Report on the bubonic plague in Bombay, 1896-1897
Year: 1896
Disease focus: Plague
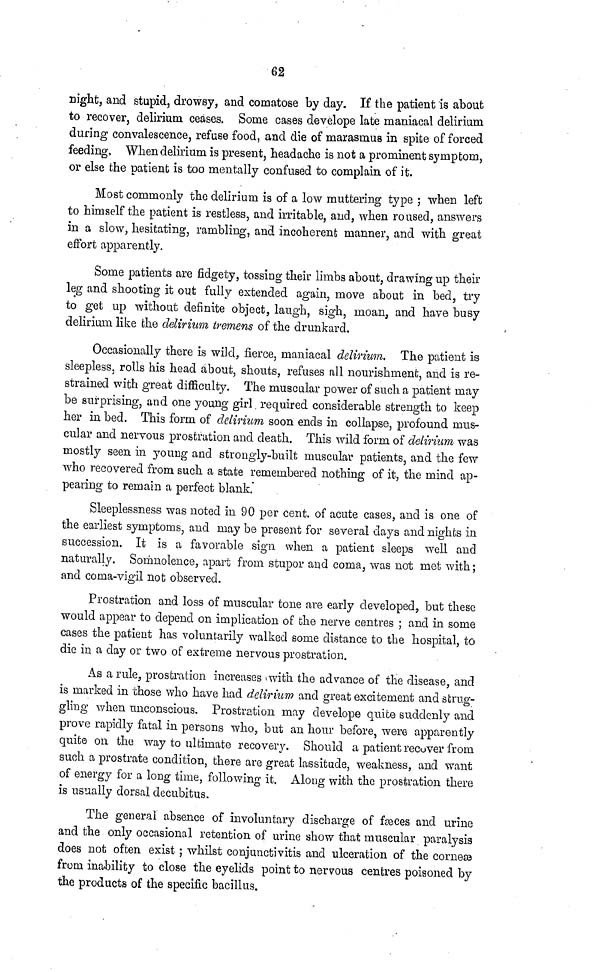
62
night, and stupid, drowsy, and comatose by day. If the patient is about
to recover, delirium ceases. Some cases develope late maniacal delirium
during convalescence, refuse food, and die of marasmus in spite of forced
feeding, When delirium is present, headache is not a prominent symptom,
or else the patient is too mentally confused to complain of it.
Most commonly the delirium is of a low muttering type ; when left
to himself the patient is restless, and irritable, and, when roused, answers
in a slow, hesitating, rambling, and incoherent manner, and with great
effort apparently.
Some patients are fidgety, tossing their limbs about, drawing up their
leg and shooting it out fully extended again, move about in bed, try
to get up without definite object, laugh, sigh, moan, and have busy
delirium like the delirium tremens of the drunkard.
Occasionally there is wild, fierce, maniacal delirium. The patient is
sleepless, rolls his head about, shouts, refuses all nourishment, and is re-
strained with great difficulty. The muscular power of such a patient may
be surprising, and one young girl required considerable strength to keep
her in bed. This form of delirium soon ends in collapse, profound mus-
cular and nervous prostration and death. This wild form of delirium was
mostly seen in young and strongly-built muscular patients, and the few
who recovered from such a state remembered nothing of it, the mind ap-
pearing to remain a perfect blank.
Sleeplessness was noted in 90 per cent. of acute cases, and is one of
the earliest symptoms, and may be present for several days and nights in
succession. It is a favorable sign when a patient sleeps well and
naturally. Somnolence, apart from stupor and coma, was not met with;
and coma-vigil not observed.
Prostration and loss of muscular tone are early developed, but these
would appear to depend on implication of the nerve centres ; and in some
cases the patient has voluntarily walked some distance to the hospital, to
die in a day or two of extreme nervous prostration.
As a rule, prostration increases with the advance of the disease, and
is marked in those who have had delirium and great excitement and strug-
gling when unconscious. Prostration may develope quite suddenly and
prove rapidly fatal in persons who, but an hour before, were apparently
quite on the way to ultimate recovery. Should a patient recover from
such a prostrate condition, there are great lassitude, weakness, and want
of energy for a long time, following it. Along with the prostration there
is usually dorsal decubitus.
The general absence of involuntary discharge of fæces and urine
and the only occasional retention of urine show that muscular paralysis
does not often exist ; whilst conjunctivitis and ulcération of the corneæ
from inability to close the eyelids point to nervous centres poisoned by
the products of the specific bacillus.